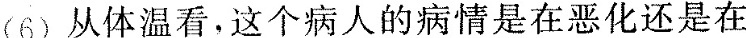
(6)从体温看，这个病人的病情是在恶化还是在